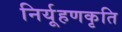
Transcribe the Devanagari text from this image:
निर्यूहणकृति